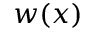
w ( x )